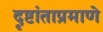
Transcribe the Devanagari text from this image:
दृष्टांताप्रमाणे